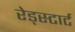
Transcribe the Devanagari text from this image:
रेड्स्टार्ट